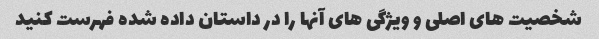
شخصیت های اصلی و ویژگی های آنها را در داستان داده شده فهرست کنید